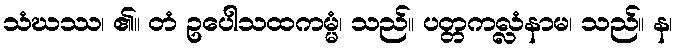
သံဃဿ၊ ၏။ တံ ဥပေါသထကမ္မံ၊ သည်။ ပတ္တကလ္လံနာမ၊ သည်။ န၊